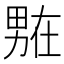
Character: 𭻟